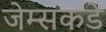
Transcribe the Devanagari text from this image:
जेम्सकडे